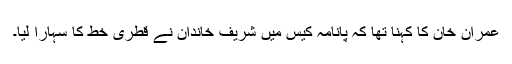
عمران خان کا کہنا تھا کہ پانامہ کیس میں شریف خاندان نے قطری خط کا سہارا لیا۔